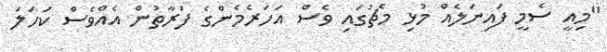
"މިއީ ސެމީ ފައިނަލެއް މުޅި މެޗުގައި ވެސް އަހަރެމެންގެ ފަރާތުން އެއްވެސް ކަހަލަ